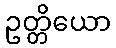
ဥတ္တိယော